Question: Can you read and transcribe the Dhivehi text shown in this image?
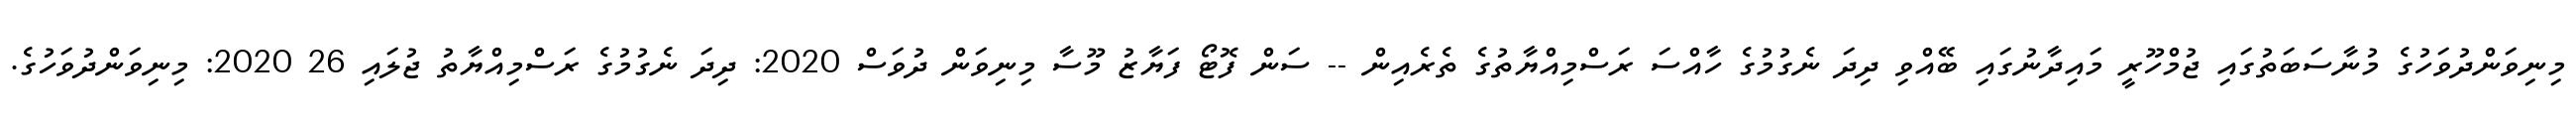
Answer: މިނިވަންދުވަހުގެ މުނާސަބަތުގައި ޖުމްހޫރީ މައިދާނުގައި ބޭއްވި ދިދަ ނެގުމުގެ ހާއްސަ ރަސްމިއްޔާތުގެ ތެރެއިން -- ސަން ފޮޓޯ ފަޔާޒު މޫސާ މިނިވަން ދުވަސް 2020: ދިދަ ނެގުމުގެ ރަސްމިއްޔާތު ޖުލައި 26 2020: މިނިވަންދުވަހުގެ.